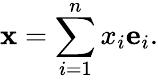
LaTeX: \mathbf{x}=\sum_{i=1}^{n}x_{i}\mathbf{e}_{i}.